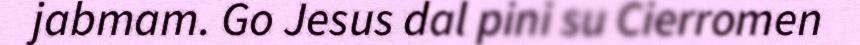
jabmam. Go Jesus dal pini su Cierromen